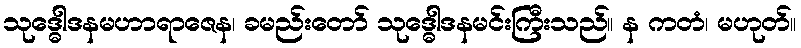
သုဒ္ဓေါဒနမဟာရာဇေန၊ ခမည်းတော် သုဒ္ဓေါဒနမင်းကြီးသည်။ န ကတံ၊ မဟုတ်။